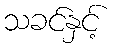
သခင်နှင့်